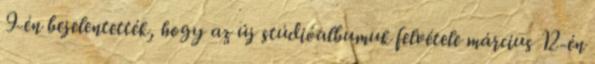
9-én bejelentették, hogy az új stúdióalbumuk felvétele március 12-én